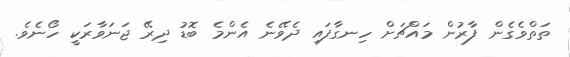
ތަތްވެގެން ފާރުން މައްޗަށް ހިނގާފައި ދެވޭނެ އެންމެ ބޮޑު ދިރޭ ޖަނަވާރަކީ ހޯނެވެ.